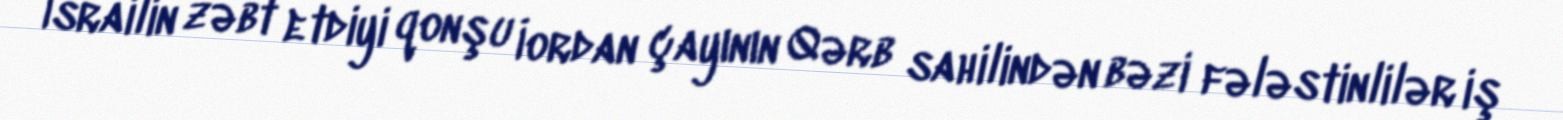
İsrailin zəbt etdiyi qonşu İordan çayının Qərb sahilindən bəzi fələstinlilər iş